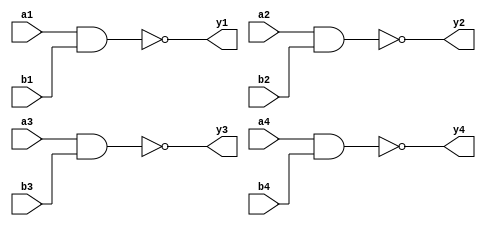
// feduc-8: Emulate an EDUC-8 in FPGA
// Based on EDUC-8 as designed by Jim Rowe and published in "Electronics Australia" Magazine
// 
// The code presented here is based on the original articles and is distributed with the 
// permission of Silicon Chip Publications on a strictly non-commercial-use basis.
//
// Reprints of the original articles WILL be needed to complete this project, and can be
// ordered via www.siliconchip.com.au
//
// Emulation of standard TTL logic devices
// Christopher F. Moran

// 7400
module em_7400(a1, b1, y1, a2, b2, y2, a3, b3, y3, a4, b4, y4) ;
	input a1 ;
	input b1 ;
	input a2 ;
	input b2 ;
	input a3 ;
	input b3 ;
	input a4 ;
	input b4 ;
	output y1 ;
	output y2 ;
	output y3 ;
	output y4 ;
	
	assign y1 = ~(a1 & b1) ;
	assign y2 = ~(a2 & b2) ;
	assign y3 = ~(a3 & b3) ;
	assign y4 = ~(a4 & b4) ;
	
endmodule

// 7402
module em_7402(a1, b1, y1, a2, b2, y2, a3, b3, y3, a4, b4, y4) ;
	input a1 ;
	input b1 ;
	input a2 ;
	input b2 ;
	input a3 ;
	input b3 ;
	input a4 ;
	input b4 ;
	output y1 ;
	output y2 ;
	output y3 ;
	output y4 ;
	
	assign y1 = ~(a1 | b1) ;
	assign y2 = ~(a2 | b2) ;
	assign y3 = ~(a3 | b3) ;
	assign y4 = ~(a4 | b4) ;
	
endmodule

// 7404
module em_7404(a1, y1, a2, y2, a3, y3, a4, y4, a5, y5, a6, y6) ;
	input a1 ;
	input a2 ;
	input a3 ;
	input a4 ;
	input a5 ;
	input a6 ;
	output y1 ;
	output y2 ;
	output y3 ;
	output y4 ;
	output y5 ;
	output y6 ;
	
	assign y1 = ~a1 ;
	assign y2 = ~a2 ;
	assign y3 = ~a3 ;
	assign y4 = ~a4 ;
	assign y5 = ~a5 ;
	assign y6 = ~a6 ;
endmodule

// 7410
module em_7410(a1, b1, c1, y1, a2, b2, c2, y2, a3, b3, c3, y3) ;
	input a1 ;
	input b1 ;
	input c1 ;
	input a2 ;
	input b2 ;
	input c2 ;
	input a3 ;
	input b3 ;
	input c3 ;
	output y1 ;
	output y2 ;
	output y3 ;
	
	assign y1 = ~(a1 & b1 & c1) ;
	assign y2 = ~(a2 & b2 & c2) ;
	assign y3 = ~(a3 & b3 & c3) ;
	
endmodule

// 7420
module em_7420(a1, b1, c1, d1, y1, a2, b2, c2, d2, y2) ;
	input a1 ;
	input b1 ;
	input c1 ;
	input d1 ;
	input a2 ;
	input b2 ;
	input c2 ;
	input d2 ;
	output y1 ;
	output y2 ;
	
	assign y1= ~(a1 & b1 & c1 & d1) ;
	assign y2= ~(a2 & b2 & c2 & d2) ;
	
endmodule

// 7425
module em_7425(a1, b1, c1, d1, y1, a2, b2, c2, d2, y2) ;
	input a1 ;
	input b1 ;
	input c1 ;
	input d1 ;
	input a2 ;
	input b2 ;
	input c2 ;
	input d2 ;
	output y1 ;
	output y2 ;
	
	assign y1 = ~(a1 | b1 | c1 | d1) ;
	assign y2 = ~(a2 | b2 | c2 | d2) ;
	
endmodule

// 7427
module em_7427(a1, b1, c1, y1, a2, b2, c2, y2, a3, b3, c3, y3) ;
	input a1 ;
	input b1 ;
	input c1 ;
	input a2 ;
	input b2 ;
	input c2 ;
	input a3 ;
	input b3 ;
	input c3 ;
	output y1 ;
	output y2 ;
	output y3 ;
	
	assign y1 = ~(a1 | b1 | c1) ;
	assign y2 = ~(a2 | b2 | c2) ;
	assign y3 = ~(a3 | b3 | c3) ;
	
endmodule

// 7430
module em_7430(a1, b1, c1, d1, e1, f1, g1, h1, y1) ;
	input a1 ;
	input b1 ;
	input c1 ;
	input d1 ;
	input e1 ;
	input f1 ;
	input g1 ;
	input h1 ;
	output y1 ;
	
	assign y1 = ~(a1 & b1 & c1 & d1 & e1 & f1 & g1 & h1) ;
	
endmodule

// 7486
module em_7486(a1, b1, y1, a2, b2, y2, a3, b3, y3, a4, b4, y4) ;
	input a1 ;
	input b1 ;
	input a2 ;
	input b2 ;
	input a3 ;
	input b3 ;
	input a4 ;
	input b4 ;
	output y1 ;
	output y2 ;
	output y3 ;
	output y4 ;
	
	assign y1 = a1 ^ b1 ;
	assign y2 = a2 ^ b2 ;
	assign y3 = a3 ^ b3 ;
	assign y4 = a4 ^ b4 ;
	
endmodule
	
// 74138
module em_74138(out, e1, e2, e3, a) ;
	input [2:0]a ;
	input e1 ;
	input e2 ;
	input e3 ;
	output [7:0]out ;
	reg [7:0] out ;
	
	always @ (a or e1 or e2 or e3)
	begin
		out = 8'd0 ;
		case(a)
			3'd0 : out = 8'd1 ;
			3'd1 : out = 8'd2 ;
			3'd2 : out = 8'd4 ;
			3'd3 : out = 8'd8 ;
			3'd4 : out = 8'd16 ;
			3'd5 : out = 8'd32 ;
			3'd6 : out = 8'd64 ;
			3'd7 : out = 8'd128 ;
			default : $display("Impossible condition\n") ;
		endcase ;
		if(!e1 && !e2 && e3)
			out = 8'd0 ;
	end
endmodule

// 74154
module em_74154(out, e1, e2, a) ;
	input [3:0]a ;
	input e1 ;
	input e2 ;
	output [15:0]out ;
	reg [15:0] out ;
	
	always @ (a or e1 or e2)
	begin
		out = 16'd0 ;
		case(a)
			4'd0 : out = 16'd1 ;
			4'd1 : out = 16'd2 ;
			4'd2 : out = 16'd4 ;
			4'd3 : out = 16'd8 ;
			4'd4 : out = 16'd16 ;
			4'd5 : out = 16'd32 ;
			4'd6 : out = 16'd64 ;
			4'd7 : out = 16'd128 ;
			4'd8 : out = 16'd256 ;
			4'd9 : out = 16'd512 ;
			4'd10 : out = 16'd1024 ;
			4'd11 : out = 16'd2048 ;
			4'd12 : out = 16'd4096 ;
			4'd13 : out = 16'd8192 ;
			4'd14 : out = 16'd16384 ;
			4'd15 : out = 16'd32768 ;
			default : $display("Impossible condition\n") ;
		endcase ;
		if(!e1 && !e2)
			out = 16'd0 ;
	end
endmodule


// 74161 Synchronous up counter
module em_74161(clk, nclr, nload, ent, enp, rco, count, parallel_in) ;
	input clk ;
	input nclr ;
	input nload ;
	input ent ;
	input enp ;
	input [3:0] parallel_in ;
	output rco ;
	output [3:0] count ;
	reg [3:0] count ;
	reg rco;
	
	always @ (count or ent)
	if((count == 15) && (ent == 1'b1))
		rco = 1'b1 ;
	else
		rco = 1'b0 ;
		
	always @ (posedge clk or negedge nclr)
	begin
		if(nclr == 1'b0)
			count <= 4'd0 ;
		else if(nload == 1'b0)
			count <= parallel_in ;
		else if((ent == 1'b1) && (enp == 1'b1))
			count <= (count + 1) % 16 ;
	end
	
endmodule